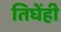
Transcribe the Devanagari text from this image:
तिघेंही